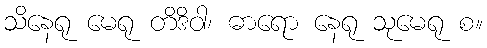
သိနေရု မေရု တိဒိဝါ၊ ဓာရော နေရု သုမေရု စ။